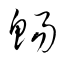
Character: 鯣